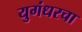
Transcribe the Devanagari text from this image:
युगंधरचा